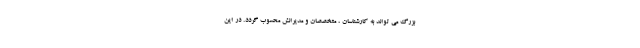
بزرگ می تواند به کارشناسان ، متخصصان و مدیرانش محسوب گردد. در این